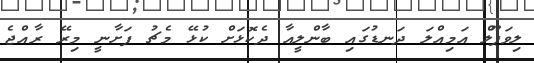
ލިވަޕޫލް އަމިއްލަ ދަނޑުގައި ބާންލީއާ ދެކޮޅަށް ކުޅޭ މެޗު ފަށާނީ މިރޭ ރާއްޖެ